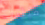
فيليب